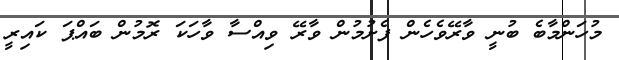
މުހަންމާބެ ބުނީ ވާރޭވެހެން ފެށުމުން ވާރޭ ވިއްސާ ވާހަކަ ރޮމުން ބައްޕަ ކައިރީ